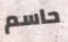
حاسم